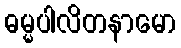
ဓမ္မပါလိတနာမော